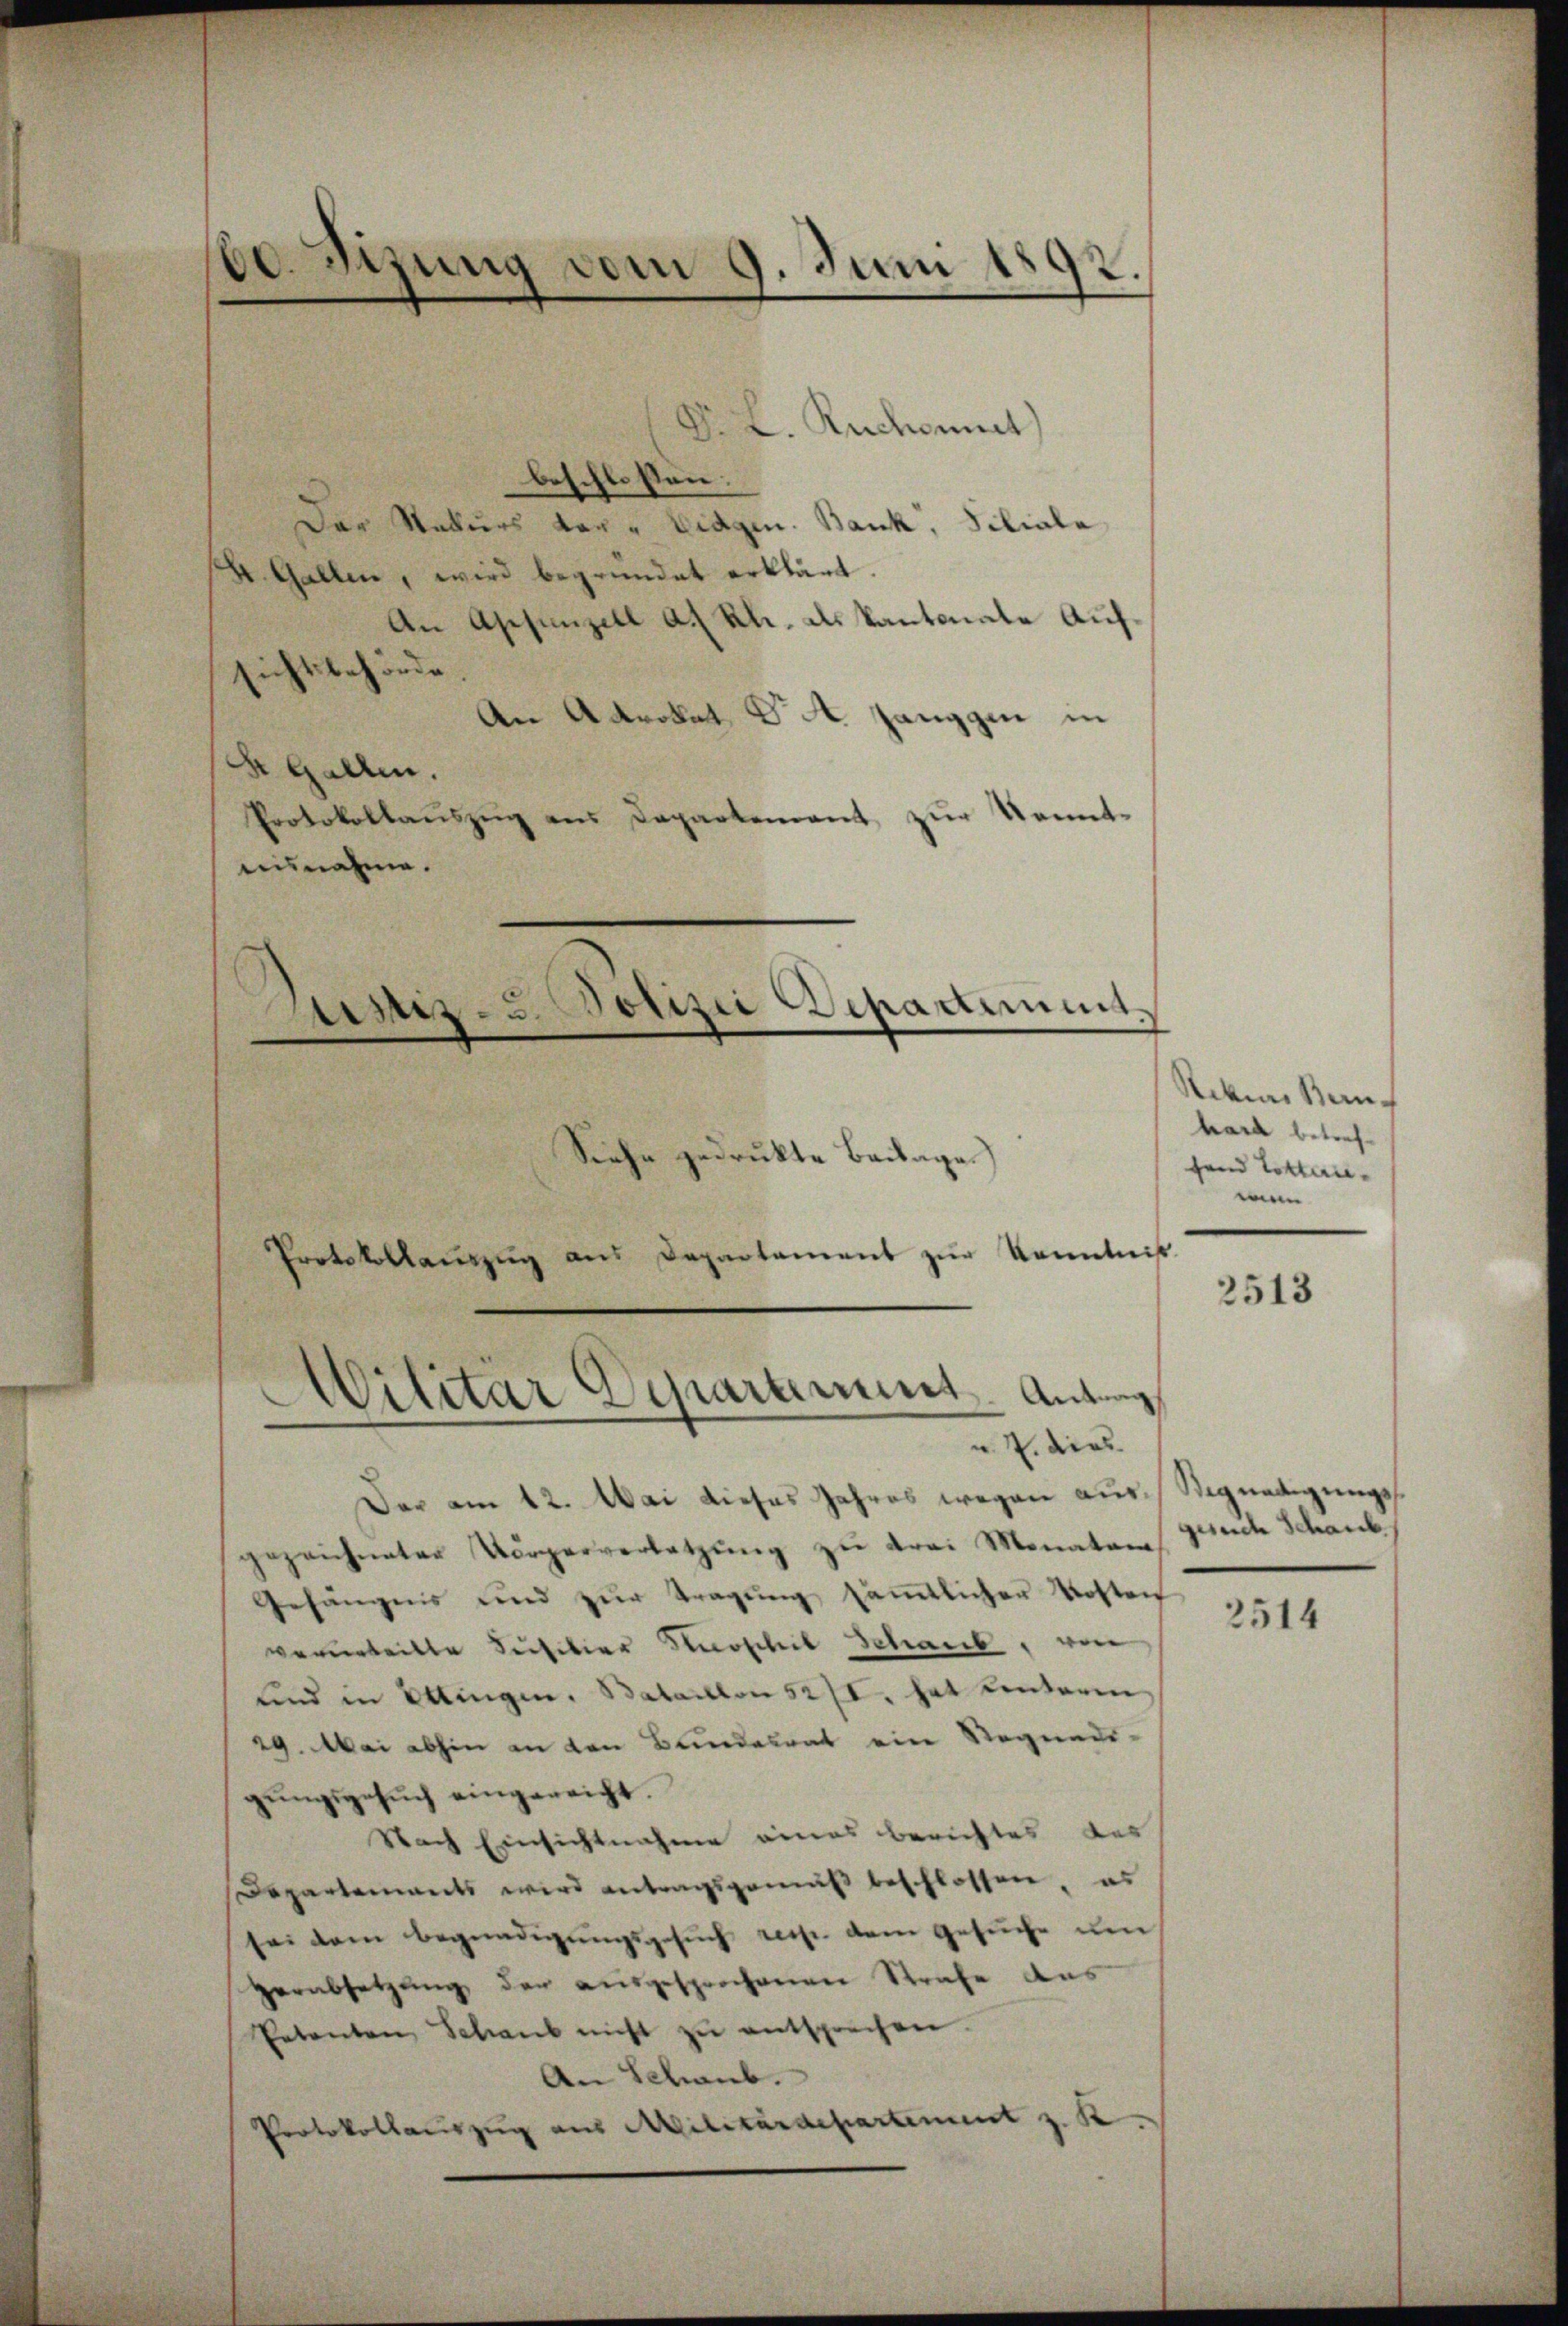
60. Sizung vom 9. Juni 1892.

Ruchonet)
8.
beschlossen:
Der Rekurs der " Eidgen. Bank, Siliale
k. Gallen, wird begründet erklärt.
An Appenzell a. Rh. als Kantonale Aufsichtsbehörde.
An Akrokat S. 4. Janggen in
S. Gallen.
Protokollaŭszŭg ans Departement zŭr Kennt-
ausnahme.

Justiz- u. Polizei Depadimant.
¬

Siehe gedruckte Beilage.
Protokollauszug aus Departamens zur Kenntniß
v. 7. dies
Der am 12. Mai dieses Jahres wegen aus Signadigungsgezeichneter Vorgerverletzŭng zu drei Monatar Gerich Schaub
Gefängnis und zŭr Tragŭng säṁtlicher Kosten
verurteilte Lufitier Hirschil Schaub, von
und in Ettingen. Bataillon 52/I. hat einterm
29. Mai abhin an den Bundesrat ein Segnadigŭngsgesŭch eingereicht.
Nach Einsichtnahme eines Berichtes des
Departements wird antragsgemäß beschlossen, es
sei dem Begnadigŭngsgesŭch resp. dem Gesŭche um
verabsetzung der ausgesprochenen Strafe aus
Petenten Schaub nicht zŭ entsprechen.
An Schaub.
Protokollauszug aus Militärdepartement z. B.

Silitar Departement. Antrag

Schem Bang
hard betreffend Lotterie-
wen

2513

2514